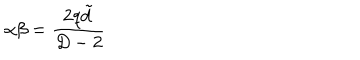
LaTeX: \alpha \beta = \frac { 2 q \tilde { d } } { D - 2 }